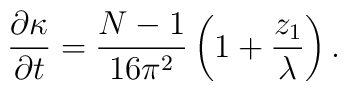
\frac{\partial\kappa}{\partial t} =\frac{N-1}{16\pi^2}\left(1+\frac{z_1}{\lambda}\right).